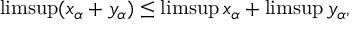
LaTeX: \operatorname* { l i m s u p } ( x _ { \alpha } + y _ { \alpha } ) \leq \operatorname* { l i m s u p } x _ { \alpha } + \operatorname* { l i m s u p } y _ { \alpha } ,